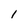
Character: 1